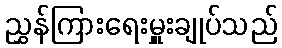
ညွှန်ကြားရေးမှူးချုပ်သည်